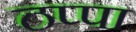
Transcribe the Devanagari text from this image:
ठप्‍पा